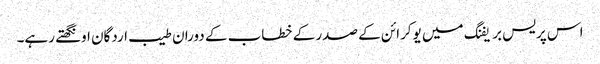
اس پریس بریفنگ میں یوکرائن کے صدر کے خطاب کے دوران طیب اردگان اونگھتے رہے۔